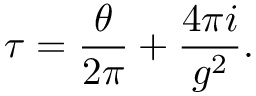
\tau = { \frac { \theta } { 2 \pi } } + { \frac { 4 \pi i } { g ^ { 2 } } } .